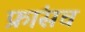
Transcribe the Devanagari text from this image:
फ्रांसच